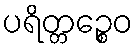
ပရိတ္တဉ္စေဝ